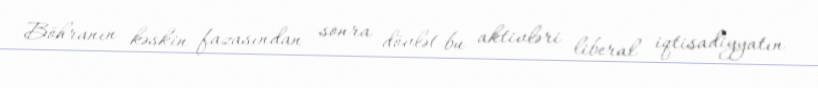
Böhranın kəskin fazasından sonra dövlət bu aktivləri liberal iqtisadiyyatın